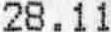
28.11